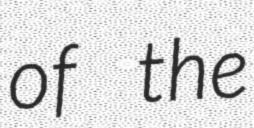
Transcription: of the